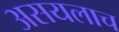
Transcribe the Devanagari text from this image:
असयलाच